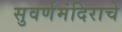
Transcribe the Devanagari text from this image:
सुवर्णमंदिराचे